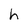
Character: h